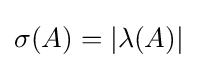
\sigma (A)=|\lambda (A)|